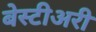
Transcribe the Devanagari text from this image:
बेस्टीअरी